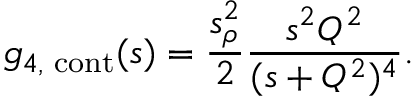
g _ { 4 , \mathrm { \scriptsize ~ c o n t } } ( s ) = \frac { s _ { \rho } ^ { 2 } } { 2 } \frac { s ^ { 2 } Q ^ { 2 } } { ( s + Q ^ { 2 } ) ^ { 4 } } .